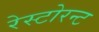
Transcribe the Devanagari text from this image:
रेस्टोरन्ट